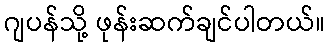
ဂျပန်သို့ ဖုန်းဆက်ချင်ပါတယ်။